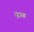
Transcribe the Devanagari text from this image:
लेख्क